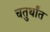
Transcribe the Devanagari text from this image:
चतुर्थांत